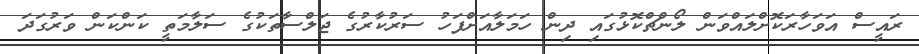
ރައީސް އަވަހާރަކޮށްލައްވަން ލޯންޗްކޮޅުގައި ދިން ހަމަލާއަށްފަހު ސަރުކާރުގެ ޖަލްސާތަކުގެ ސަލާމަތީ ކަންކަން ވަރުގަދަ